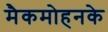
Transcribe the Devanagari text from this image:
मैकमोहनके